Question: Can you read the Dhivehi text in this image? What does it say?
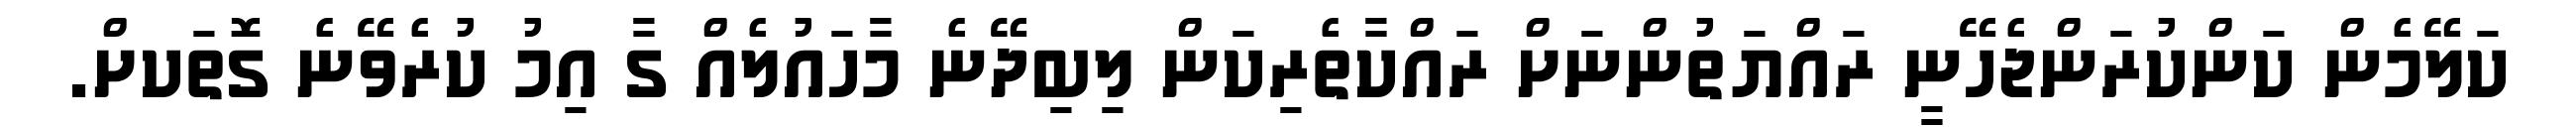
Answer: ކަލޭމެން ކަންކުރަންޖެހޭނީ ރައްޔަތުންނަށް ރައްކާތެރިކަން ލިބިދޭނެ މާހައުލެއް ގާ އިމު ކުރެވޭނެ ގޮތަކށް.